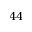
4 4